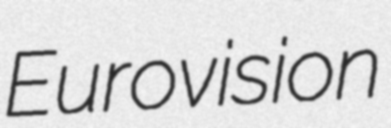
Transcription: Eurovision